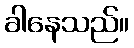
ခါနေသည်။